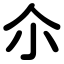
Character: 尒